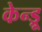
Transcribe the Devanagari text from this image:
केन्ड्रू